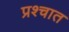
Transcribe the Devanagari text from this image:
प्रश्चात